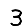
Digit: 3